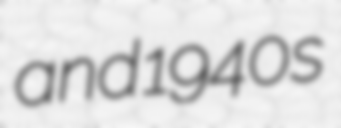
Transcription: and 1940s